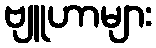
ဗျူဟာများ